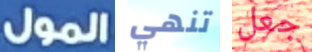
المول تنهي جعل